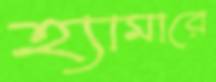
হ্যামারে